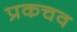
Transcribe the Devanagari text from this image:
प्रकचव